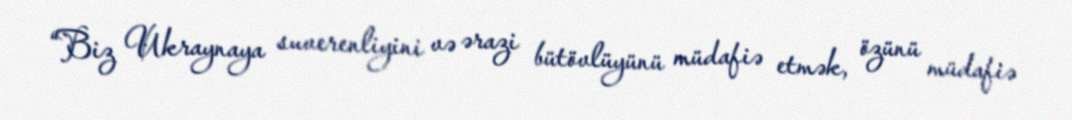
“Biz Ukraynaya suverenliyini və ərazi bütövlüyünü müdafiə etmək, özünü müdafiə